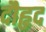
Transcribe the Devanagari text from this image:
दौहृद